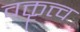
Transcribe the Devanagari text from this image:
वक्तॄत्त्व